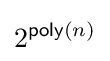
2^{{\textsf {poly}}(n)}